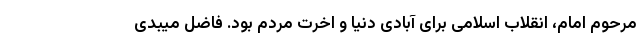
مرحوم امام، انقلاب اسلامی برای آبادی دنیا و اخرت مردم بود. فاضل میبدی